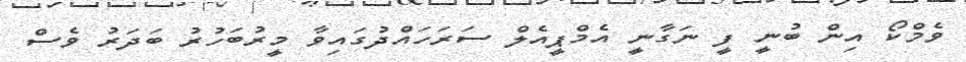
ވެމްކޯ އިން ބުނީ ފީ ނަގާނީ އެމްޕީއެލް ސަރަހައްދުގައިވާ މީރުބަހުރު ބަދަރު ވެސް